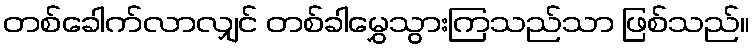
တစ်ခေါက်လာလျှင် တစ်ခါမွှေသွားကြသည်သာ ဖြစ်သည်။